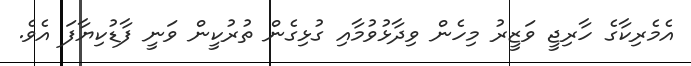
އެމެރިކާގެ ހާރިޖީ ވަޒީރު މިހެން ވިދާޅުވުމާއި ގުޅިގެން ތުރުކީން ވަނީ ފާޑުކިޔާފަ އެވެ.